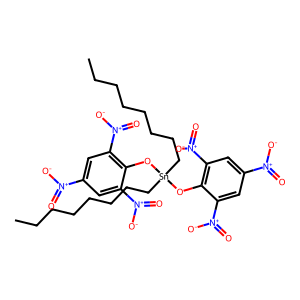
SMILES: CCCCCCCC[Sn](CCCCCCCC)(Oc1c([N+](=O)[O-])cc([N+](=O)[O-])cc1[N+](=O)[O-])Oc1c([N+](=O)[O-])cc([N+](=O)[O-])cc1[N+](=O)[O-]
Inhibits HIV replication: No